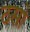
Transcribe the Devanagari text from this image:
ठसो